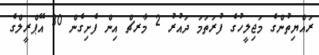
ރައްޔިތުންގެ މަޖިލީހުގެ ފުރަތަމަ ދައުރު 2 މާރޗް އިން ފެށިގެން 30 އޭޕްރީލްގެ